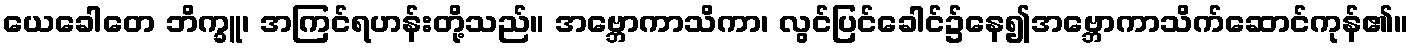
ယေခေါတေ ဘိက္ခူ၊ အကြင်ရဟန်းတို့သည်။ အဗ္ဘောကာသိကာ၊ လွင်ပြင်ခေါင်၌နေ၍အဗ္ဘောကာသိက်ဆောင်ကုန်၏။